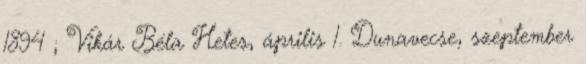
1894 ; Vikár Béla Hetes, április 1. Dunavecse, szeptember